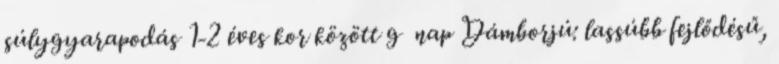
súlygyarapodás 1-2 éves kor között g nap Dámborjú: lassúbb fejlődésű,